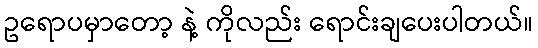
ဥရောပမှာတော့ နဲ့ ကိုလည်း ရောင်းချပေးပါတယ်။